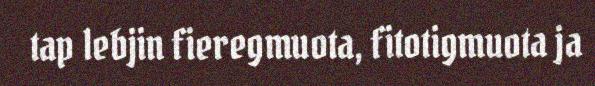
tap lebjin fieregmuota, fitotigmuota ja